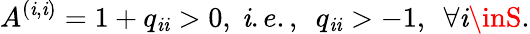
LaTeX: A^{(\mathit{i},\mathit{i})}=1+q_{\mathit{i}\mathit{i}}>0,\ \mathit{i}.e.,\ \ q_{\mathit{i}\mathit{i}}>-1,\ \ \forall\mathit{i}\inS.